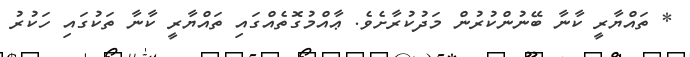
* ތައްޔާރީ ކާނާ ބޭނުންކުރުން މަދުކުރާށެވެ. ޢާއްމުގޮތެއްގައި ތައްޔާރީ ކާނާ ތަކުގައި ހަކުރު